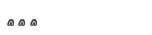
١٩٣